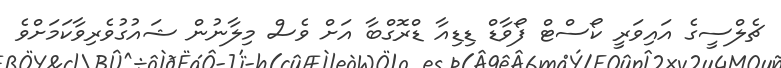
ޗެލްސީގެ އައިވަރީ ކޯސްޓް ފޯވާޑް ޑިޑިއާ ޑްރޮގްބާ އަށް ވެސް މިލާނުން ޝައުގުވެރިވާކަމަށްވެ